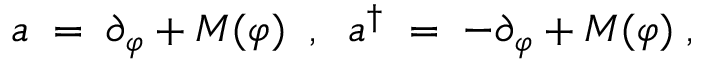
a \; = \; \partial _ { \varphi } + M ( \varphi ) \; \; , \; \; a ^ { \dagger } \; = \; - \partial _ { \varphi } + M ( \varphi ) \; ,